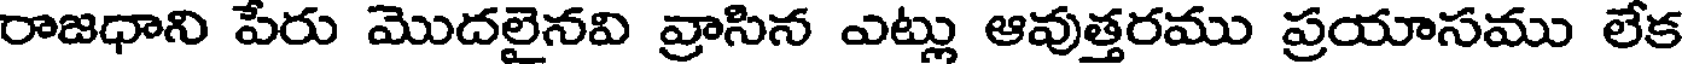
రాజధాని పేరు మొదలైనవి వ్రాసిన ఎట్లు ఆవుత్తరము ప్రయాసము లేక